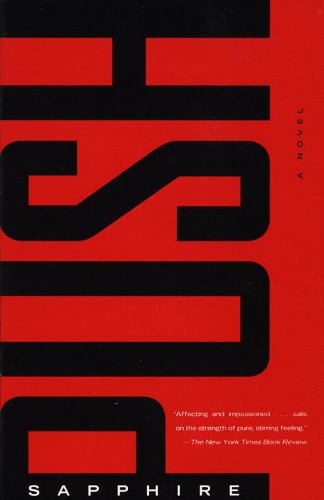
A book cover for Push: A Novel; Sapphire; Literature & Fiction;